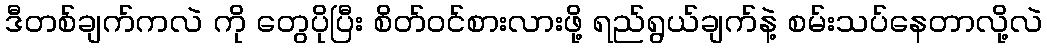
ဒီတစ်ချက်ကလဲ ကို တွေပိုပြီး စိတ်ဝင်စားလားဖို့ ရည်ရွယ်ချက်နဲ့ စမ်းသပ်နေတာလို့လဲ